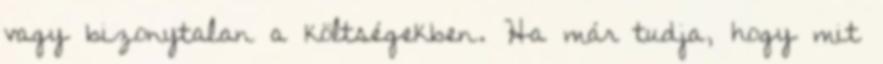
vagy bizonytalan a költségekben. Ha már tudja, hogy mit